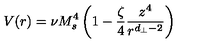
V ( r ) = \nu M _ { s } ^ { 4 } \left( 1 - \frac { \zeta } { 4 } \frac { z ^ { 4 } } { r ^ { d _ { \perp } - 2 } } \right)